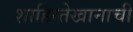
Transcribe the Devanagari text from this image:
शाहिस्तेखानाची